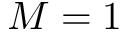
M = 1